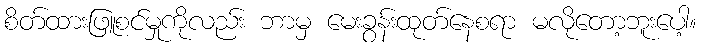
စိတ်ထားဖြူစင်မှုကိုလည်း ဘာမှ မေးခွန်းထုတ်နေစရာ မလိုတော့ဘူးပေါ့။